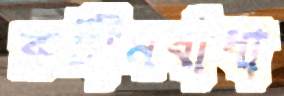
রুটীনবাঁধা